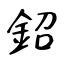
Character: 鉊